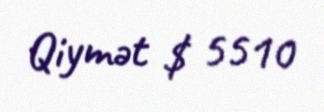
Qiymət $ 5510